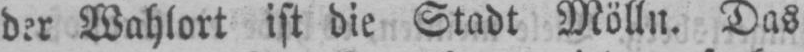
der Wahlort ist die Stadt Mölln. Das